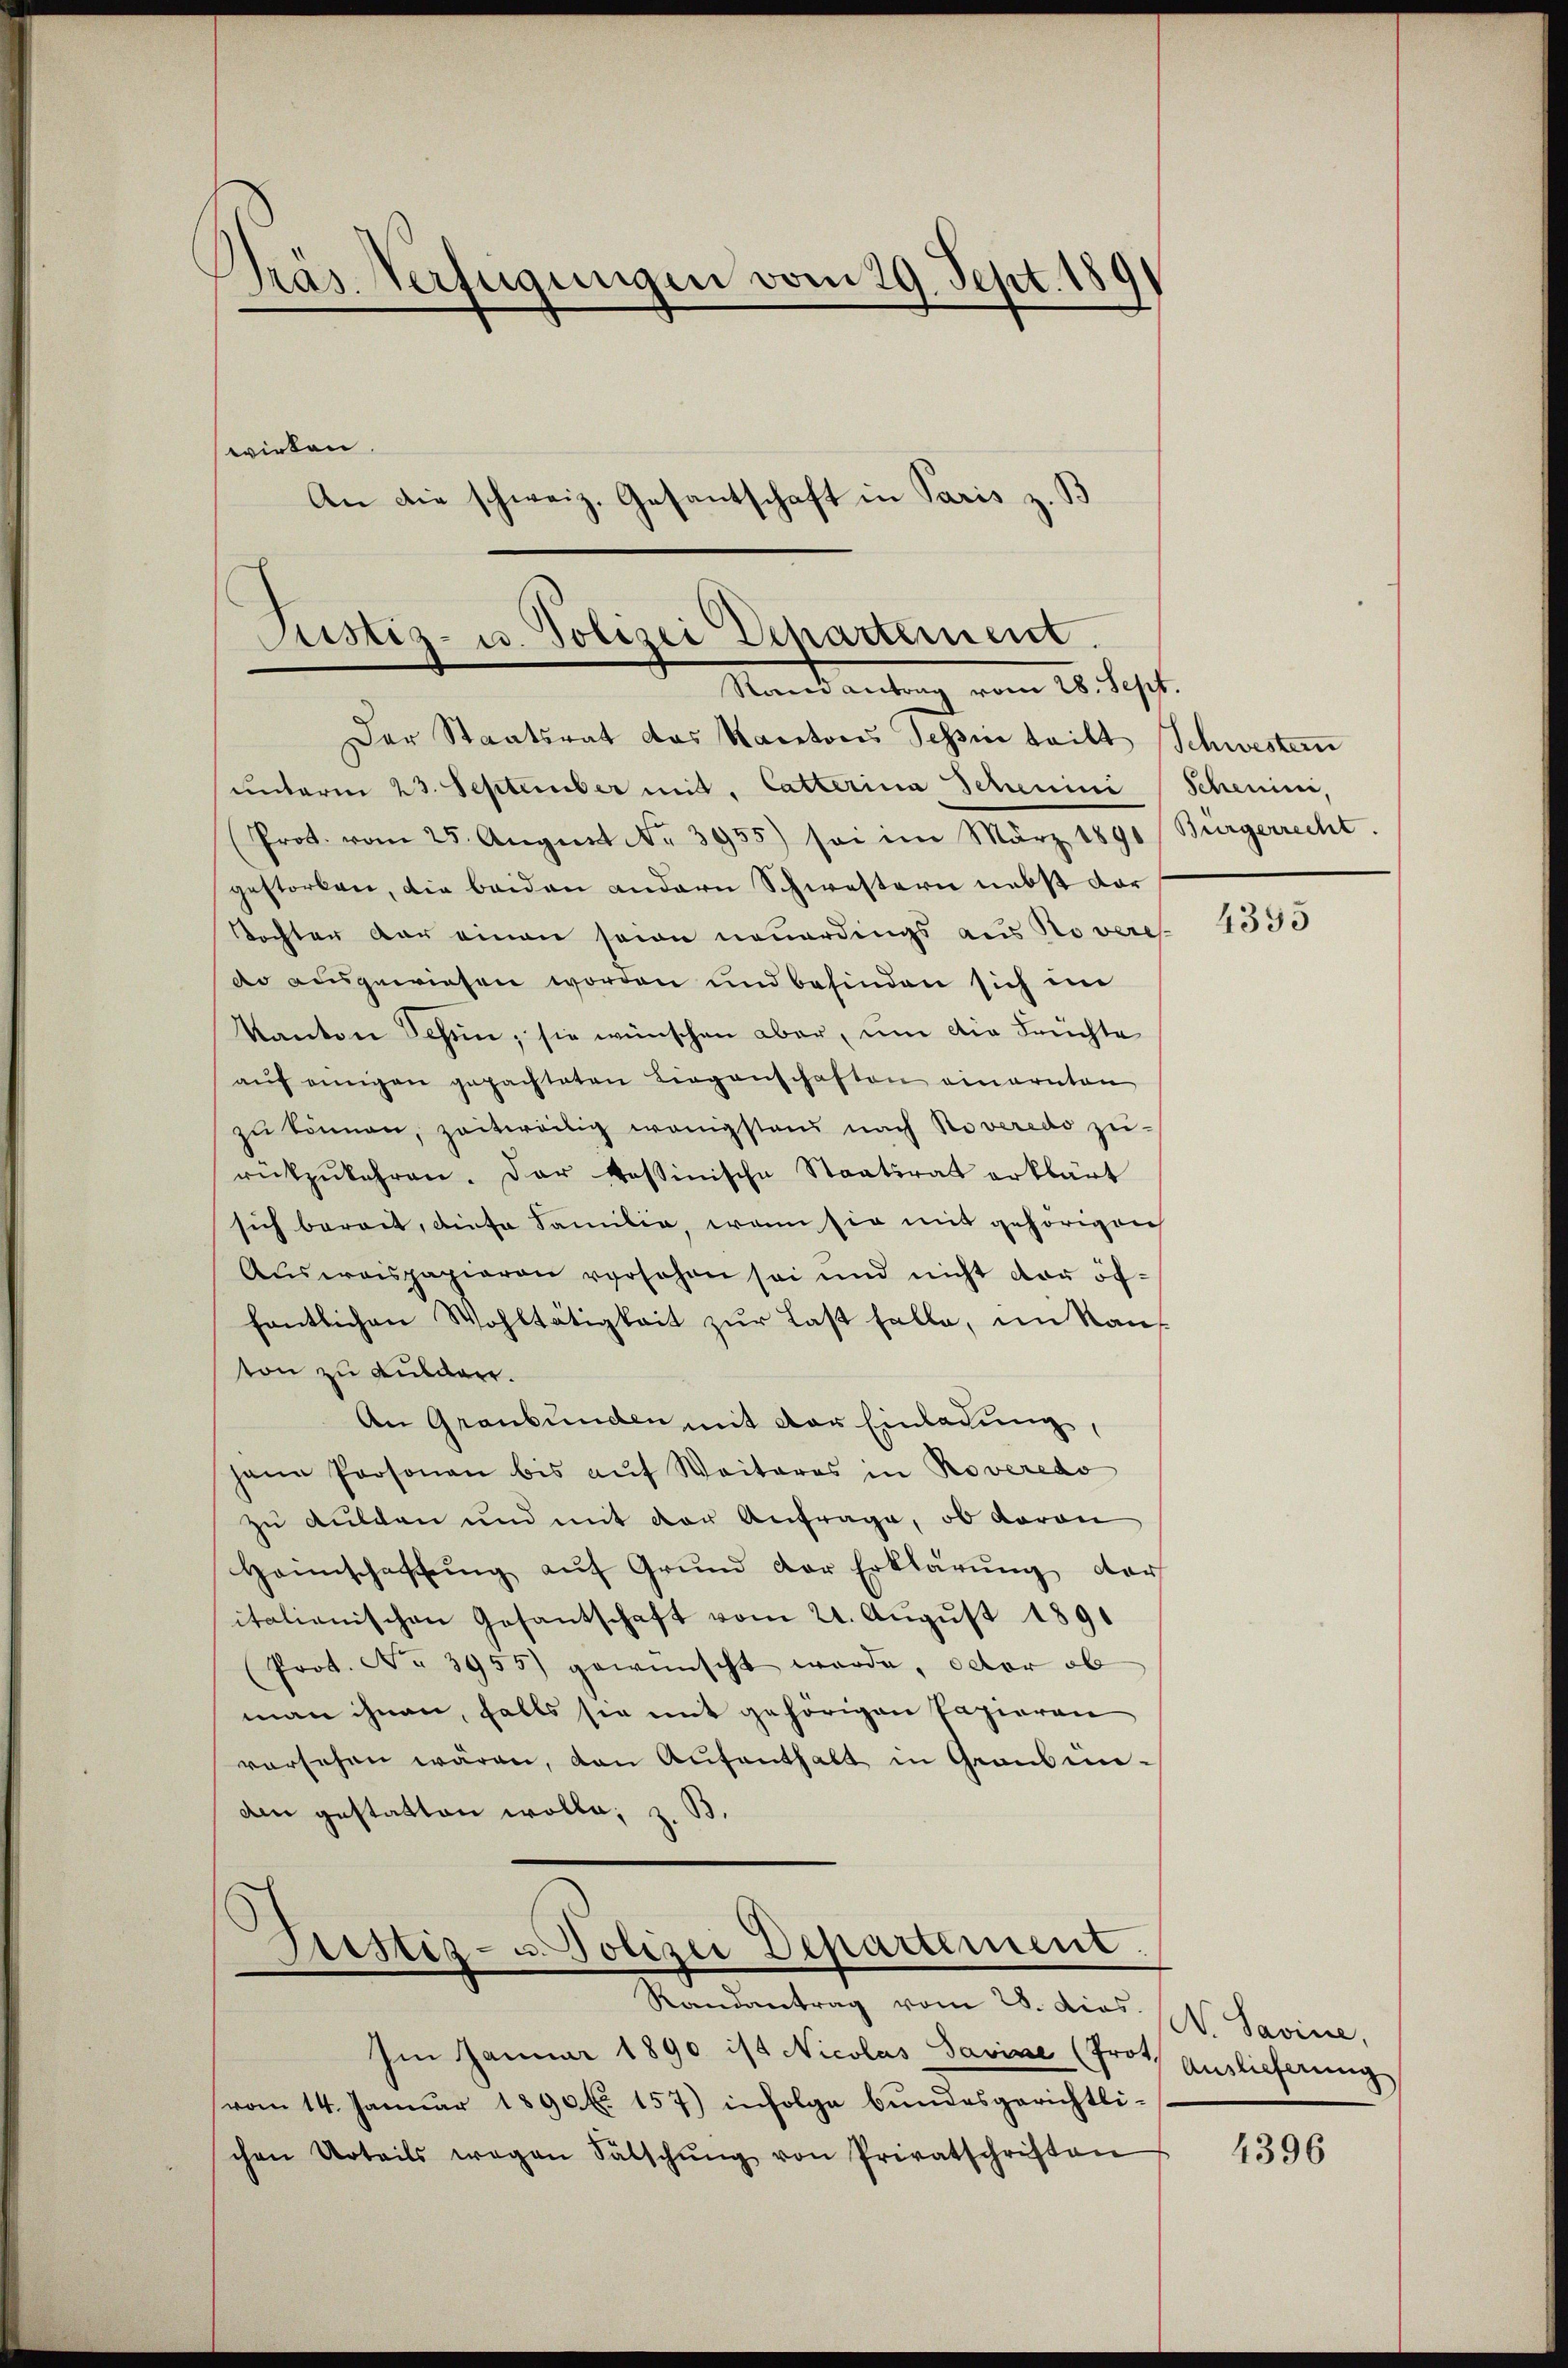
Phras Verfügungen vom 29. Sept. 189
wirken.
An die schweiz. Gesantschaft in Paris z. B

Justiz- u. Polizei Departement.
Rand antrag vom 28. Sept.

Der Staatsrat das Kantons Tessin teilt Schwestern
unterm 23. September mit Catterina Schemini
(Prot. vom 25. Aŭgŭst Nr. 3955) sei im März 1890 Bürgerrecht.
gestorben, die beiden andern Schwestern nebst dar
Tochter der einen seine neuerdings aus Novere
do ausgewiesen worden und befinden sich im
Kanton Schen; sie wünschen aber, um die Früchte
aŭf einigen gepachteten Liegenschaften einarnten
zu können, zeitweilig wenigstens nach Roveredo zu-
rückzŭkehren. Der tessinische Staatsrat erklärt
sich berait, diese Familie, wenn sie mit gehörigen
Aŭsweispapieren versehen sei und nicht der öffentlichen Wohltätigkeit zur Last falle, im Kauf
ton zu Fuldar.
An Graubünden mit der Einladung,
hann Personen bis aŭf Weiteres in Roveredo
zu dulden und mit der Anfrage, ob davon
Hannschaffŭng aŭf Grŭnd der Erklärŭng der
italienischen Gesantschaft vom 21. August 1891
Prot. No 3955) gewünscht werde, oder ob
man ihnen, falls sie mit gehörigen Papieren
versehen wären, den Aŭfenthalt in Graubünain gestatten wolle; z. B.
Sistiz- u. Polizei Departement.
Randantrag vom 28. dies W. Savine,
Im Januar 1890 ist Nicolas Savise (Prot. Auslieferung
vom 14. Januar 1890. fl. 157) infolge bundesgerichtlichen Urteils wegen Fälschŭng von Privatschriften

Schemini,

4395

4396